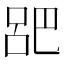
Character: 𫶷